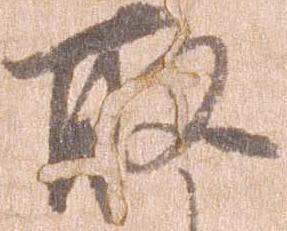
取